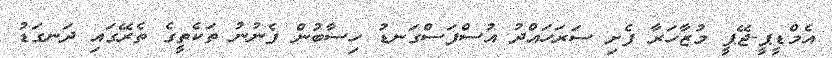
އެމްޑީޕީ-ޖޭޕީ މުޒާހަރާ ފެށި ސަރަހައްދު އުސްފަސްގަނޑު ހިސާބުން ފެނުނު ތަކެތީގެ ތެރޭގައި ދަނގަޑު